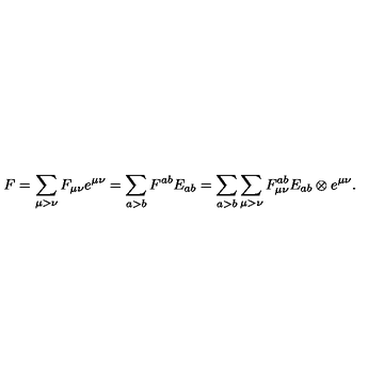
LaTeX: F = \sum _ { \mu > \nu } F _ { \mu \nu } e ^ { \mu \nu } = \sum _ { a > b } F ^ { a b } E _ { a b } = \sum _ { a > b } \sum _ { \mu > \nu } F _ { \mu \nu } ^ { a b } E _ { a b } \otimes e ^ { \mu \nu } .